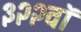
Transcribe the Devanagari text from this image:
३२२वॉ